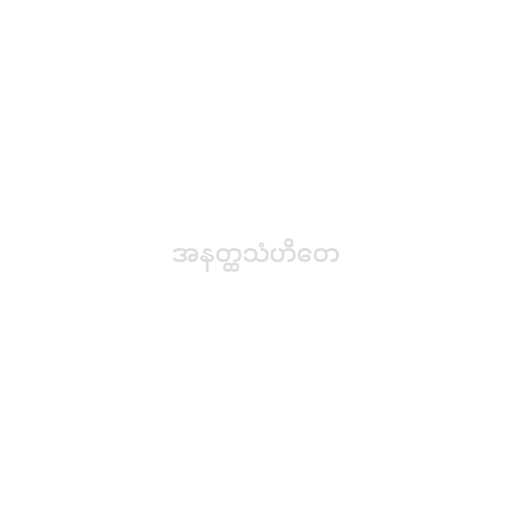
အနတ္ထသံဟိတေ